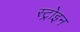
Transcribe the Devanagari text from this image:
स्ट्रोइन